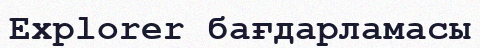
Explorer бағдарламасы